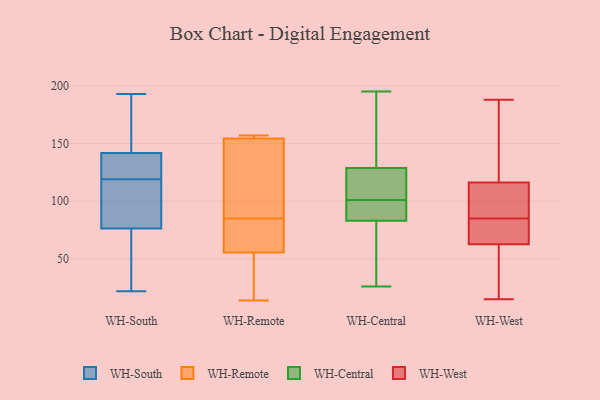
{"axis": {"x": "Energy Usage (MWh)", "y": "Value"}, "legend": ["WH-Central", "WH-Remote", "WH-South", "WH-West"], "data": [{"x": "", "y": 79, "type": "WH-South"}, {"x": "", "y": 140, "type": "WH-South"}, {"x": "", "y": 22, "type": "WH-South"}, {"x": "", "y": 119, "type": "WH-South"}, {"x": "", "y": 87, "type": "WH-South"}, {"x": "", "y": 144, "type": "WH-South"}, {"x": "", "y": 176, "type": "WH-South"}, {"x": "", "y": 95, "type": "WH-South"}, {"x": "", "y": 49, "type": "WH-South"}, {"x": "", "y": 141, "type": "WH-South"}, {"x": "", "y": 186, "type": "WH-South"}, {"x": "", "y": 125, "type": "WH-South"}, {"x": "", "y": 193, "type": "WH-South"}, {"x": "", "y": 68, "type": "WH-South"}, {"x": "", "y": 56, "type": "WH-South"}, {"x": "", "y": 96, "type": "WH-South"}, {"x": "", "y": 121, "type": "WH-South"}, {"x": "", "y": 155, "type": "WH-Remote"}, {"x": "", "y": 22, "type": "WH-Remote"}, {"x": "", "y": 156, "type": "WH-Remote"}, {"x": "", "y": 14, "type": "WH-Remote"}, {"x": "", "y": 140, "type": "WH-Remote"}, {"x": "", "y": 54, "type": "WH-Remote"}, {"x": "", "y": 60, "type": "WH-Remote"}, {"x": "", "y": 62, "type": "WH-Remote"}, {"x": "", "y": 157, "type": "WH-Remote"}, {"x": "", "y": 152, "type": "WH-Remote"}, {"x": "", "y": 85, "type": "WH-Remote"}, {"x": "", "y": 89, "type": "WH-Central"}, {"x": "", "y": 46, "type": "WH-Central"}, {"x": "", "y": 120, "type": "WH-Central"}, {"x": "", "y": 122, "type": "WH-Central"}, {"x": "", "y": 117, "type": "WH-Central"}, {"x": "", "y": 117, "type": "WH-Central"}, {"x": "", "y": 131, "type": "WH-Central"}, {"x": "", "y": 41, "type": "WH-Central"}, {"x": "", "y": 60, "type": "WH-Central"}, {"x": "", "y": 26, "type": "WH-Central"}, {"x": "", "y": 149, "type": "WH-Central"}, {"x": "", "y": 142, "type": "WH-Central"}, {"x": "", "y": 195, "type": "WH-Central"}, {"x": "", "y": 88, "type": "WH-Central"}, {"x": "", "y": 178, "type": "WH-Central"}, {"x": "", "y": 83, "type": "WH-Central"}, {"x": "", "y": 83, "type": "WH-Central"}, {"x": "", "y": 101, "type": "WH-Central"}, {"x": "", "y": 88, "type": "WH-Central"}, {"x": "", "y": 43, "type": "WH-West"}, {"x": "", "y": 188, "type": "WH-West"}, {"x": "", "y": 85, "type": "WH-West"}, {"x": "", "y": 88, "type": "WH-West"}, {"x": "", "y": 15, "type": "WH-West"}, {"x": "", "y": 114, "type": "WH-West"}, {"x": "", "y": 86, "type": "WH-West"}, {"x": "", "y": 75, "type": "WH-West"}, {"x": "", "y": 40, "type": "WH-West"}, {"x": "", "y": 92, "type": "WH-West"}, {"x": "", "y": 77, "type": "WH-West"}, {"x": "", "y": 123, "type": "WH-West"}, {"x": "", "y": 67, "type": "WH-West"}, {"x": "", "y": 69, "type": "WH-West"}, {"x": "", "y": 146, "type": "WH-West"}, {"x": "", "y": 182, "type": "WH-West"}, {"x": "", "y": 50, "type": "WH-West"}]}